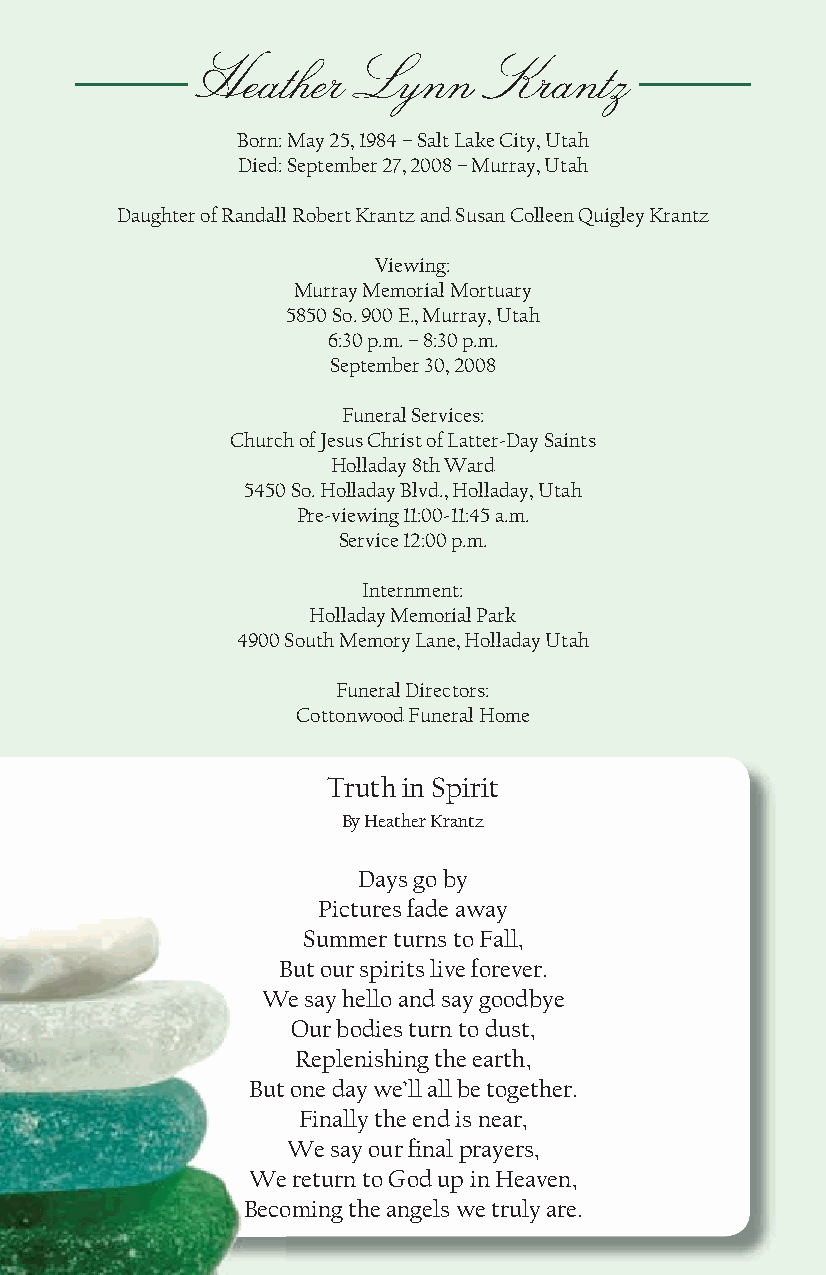
Heather   Lynn     Krantz
 Born: May 25, 1984 – Salt Lake City, Utah
 Died: September 27, 2008 – Murray, Utah
 Daughter of Randall Robert Krantz and Susan Colleen Quigley Krantz
 Viewing:
 Murray Memorial Mortuary
 5850 So. 900 E., Murray, Utah
 6:30 p.m. – 8:30 p.m.
 September 30, 2008
 Funeral Services:
 Church of Jesus Christ of Latter-Day Saints
 Holladay 8th Ward
 5450 So. Holladay Blvd., Holladay, Utah
 Pre-viewing 11:00-11:45 a.m.
 Service 12:00 p.m.
 Internment:
 Holladay Memorial Park
 4900 South Memory Lane, Holladay Utah
 Funeral Directors:
 Cottonwood Funeral Home
 Truth in Spirit
 By Heather Krantz
 Days go by
 Pictures fade away
 Summer turns to Fall,
 But our spirits live forever.
 We say hello and say goodbye
 Our bodies turn to dust,
 Replenishing the earth,
 But one day we’ll all be together.
 Finally the end is near,
 We say our  nal prayers,
 We return to God up in Heaven,
 Becoming the angels we truly are.